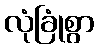
လုံခြုံစွာ